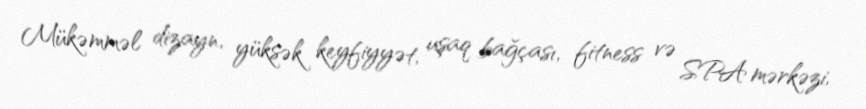
Mükəmməl dizayn, yüksək keyfiyyət, uşaq bağçası, fitness və SPA mərkəzi,